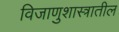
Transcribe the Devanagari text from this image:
विजाणुशास्त्रातील